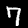
Digit: 7